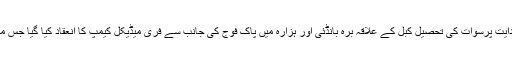
21 مئی 2018ء) جی او سی مالاکنڈڈویژن آرمی کی ہدایت پرسوات کی تحصیل کبل کے علاقہ برہ بانڈئی اور ہزارہ میں پاک فوج کی جانب سے فری میڈیکل کیمپ کا انعقاد کیا گیا جس میں مرد اور خواتین ڈاکٹروں نے مریضوں کا معائنہ کیا۔